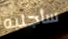
سأجلبه